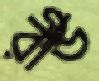
রীড